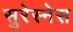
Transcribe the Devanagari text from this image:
सुरेस्नेस